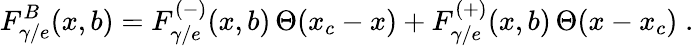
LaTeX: F_{\gamma/e}^{B}(x,b)=F_{\gamma/e}^{(-)}(x,b)\, \Theta(x_{c}-x)+F_{\gamma/e}^{(+)}(x,b)\, \Theta(x-x_{c})\; .